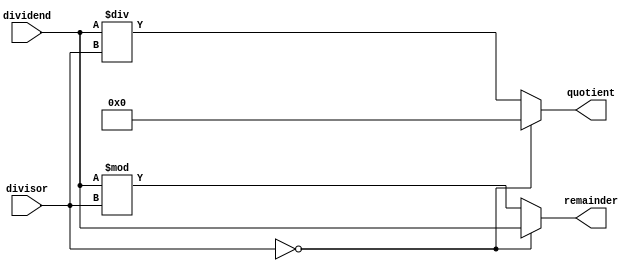
module Asynchronous_Divider (
    input [31:0] dividend,
    input [31:0] divisor,
    output reg [31:0] quotient,
    output reg [31:0] remainder
);

always @* begin
    if (divisor == 0) begin
        quotient <= 32'b0; // handling division by zero case
        remainder <= dividend; 
    end else begin
        quotient <= dividend / divisor;
        remainder <= dividend % divisor;
    end
end

endmodule